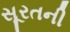
સૂરતની